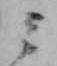
ミ